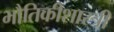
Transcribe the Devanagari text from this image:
भौतिकीशास्त्री